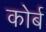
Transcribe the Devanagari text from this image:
कोर्ब